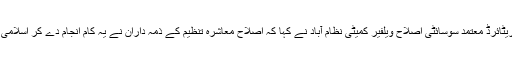
جناب سعید الدین پرنسپل ریٹائرڈ معتمد سوسائٹی اصلاح ویلفیر کمیٹی نظام آباد نے کہا کہ اصلاح معاشرہ تنظیم کے ذمہ داران نے یہ کام انجام دے کر اسلامی کردار کو اجاگر کیا ہے ۔